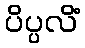
ပိပ္ပလိံ